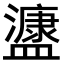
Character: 𭾔